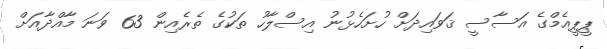
ޕީޕީއެމްގެ އަސާސީ ޤަވައިދަށް ހުށަހެޅުނު އިސްލާހު ތަކުގެ ތެރެއިން 63 ވަނަ މާއްދާއަށް